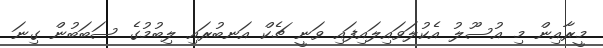
މީރާއިން މި އުސޫލު އެކުލަވައިލައިފައި ވަނީ ޗެކް އަނބުރައި ލިބުމުގެ ސަބަބުން ގިނަ